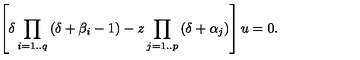
\left[ \delta \prod _ { i = 1 . . q } { ( \delta + \beta _ { i } - 1 ) } - z \prod _ { j = 1 . . p } { ( \delta + \alpha _ { j } ) } \right] u = 0 .